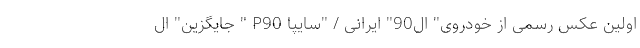
اولین عکس رسمی از خودروی" ال90" ایرانی / "سایپا P90 " جایگزین" ال